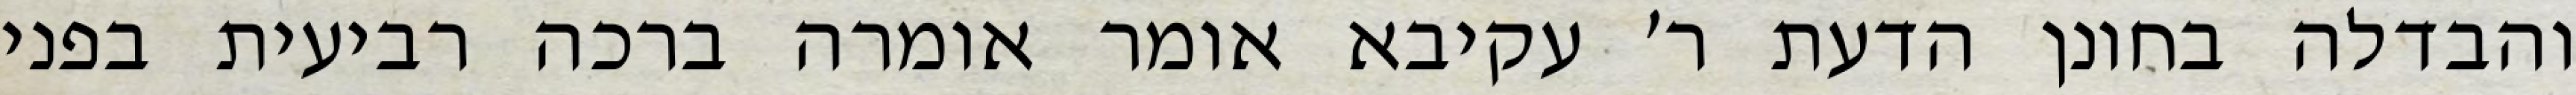
והבדלה בחונן הדעת ר׳ עקיבא אומר אומרה ברכה רביעית בפני